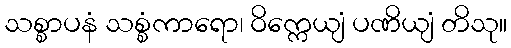
သစ္စာပနံ သစ္စံကာရော၊ ဝိက္ကေယျံ ပဏိယျံ တိသု။